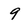
Character: 9